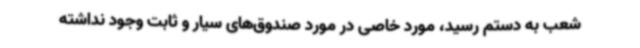
شعب به دستم رسید، مورد خاصی در مورد صندوق‌های سیار و ثابت وجود نداشته